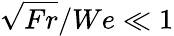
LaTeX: \sqrt{Fr}/We\ll 1